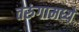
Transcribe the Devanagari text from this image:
तरुंगामध्ये